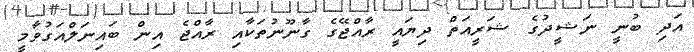
އަދި ބުނީ ނަޝީދުގެ ޝަރީއަތް ދިޔައީ ރާއްޖޭގެ ގާނޫނުތަކާއި ރާއްޖެ އިން ބައިނަލްއަގުވާމީ